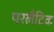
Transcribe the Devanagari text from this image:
परलैटिक